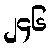
၂၄၆